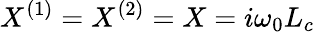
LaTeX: X^{(1)}=X^{(2)}=X=i\omega_{0}L_{c}